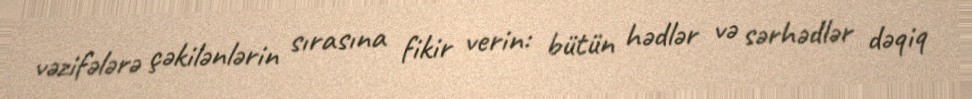
vəzifələrə çəkilənlərin sırasına fikir verin: bütün hədlər və sərhədlər dəqiq